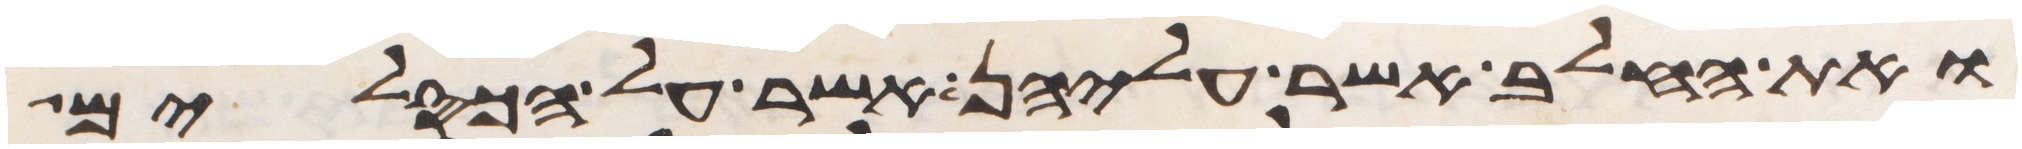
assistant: ואת החלב אשר עליהן אשר על הכסלים